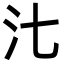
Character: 㲺